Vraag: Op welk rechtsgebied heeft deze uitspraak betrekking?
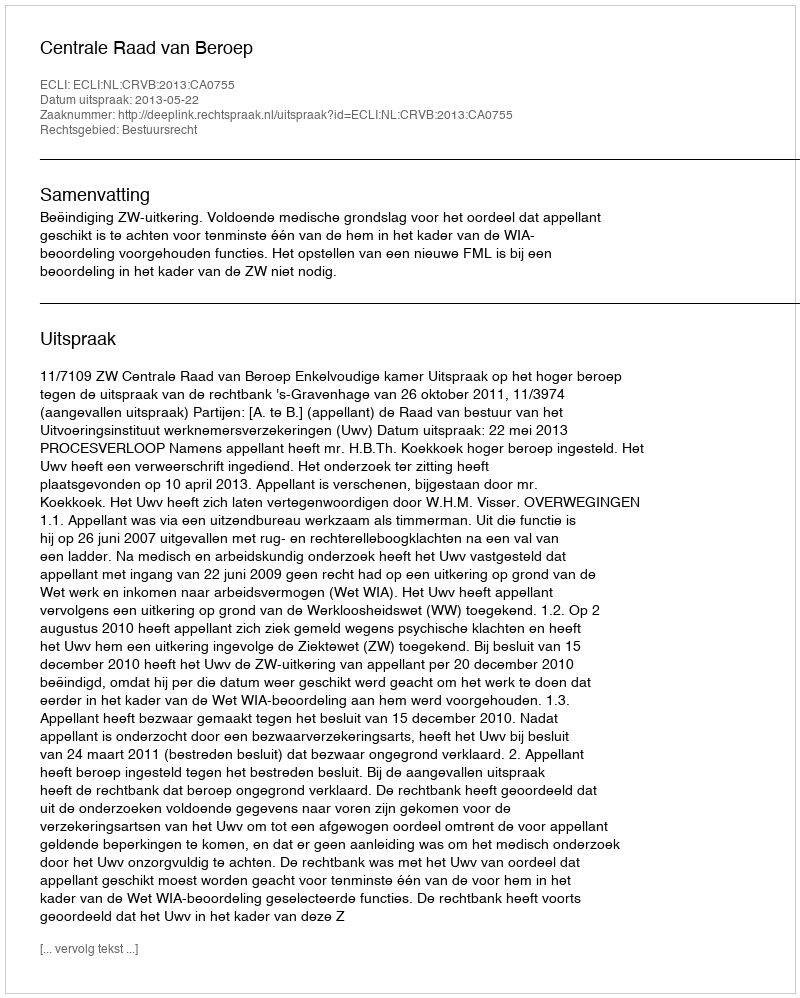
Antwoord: Bestuursrecht